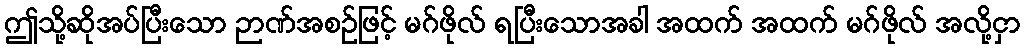
ဤသို့ဆိုအပ်ပြီးသော ဉာဏ်အစဉ်ဖြင့် မဂ်ဖိုလ် ရပြီးသောအခါ အထက် အထက် မဂ်ဖိုလ် အလို့ငှာ